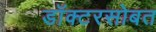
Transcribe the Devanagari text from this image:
डॉक्टरसोबत